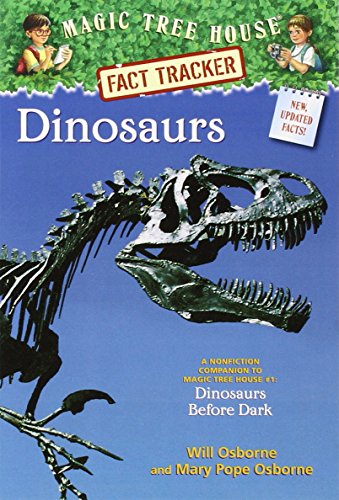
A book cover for Magic Tree House Fact Tracker #1: Dinosaurs: A Nonfiction Companion to Magic Tree House #1: Dinosaurs Before Dark; Will Osborne; Children's Books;